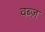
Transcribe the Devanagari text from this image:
वब्ज़